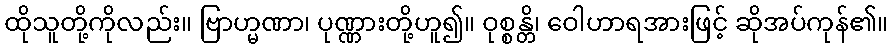
ထိုသူတို့ကိုလည်း။ ဗြာဟ္မဏာ၊ ပုဏ္ဏားတို့ဟူ၍။ ဝုစ္စန္တိ၊ ဝေါဟာရအားဖြင့် ဆိုအပ်ကုန်၏။